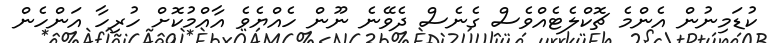
ކުޑަމިނުން އެންމެ ޗޮކްލެޓެއްވެސް ގެނެސް ދެވޭނެ ނޫން ހެއްޔެވެ އާއްމުކޮށް ހުރިހާ އަންހެން